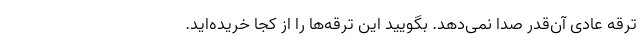
ترقه عادی آن‌قدر صدا نمی‌دهد. بگویید این ترقه‌ها را از کجا خریده‌اید.